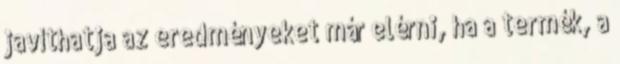
javíthatja az eredményeket már elérni, ha a termék, a